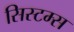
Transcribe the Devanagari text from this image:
सिस्‍टम्स